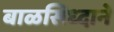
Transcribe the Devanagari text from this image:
बाळसिध्दाने